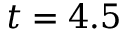
t = 4 . 5